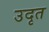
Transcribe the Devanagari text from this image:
उदृत